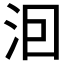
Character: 𭰊